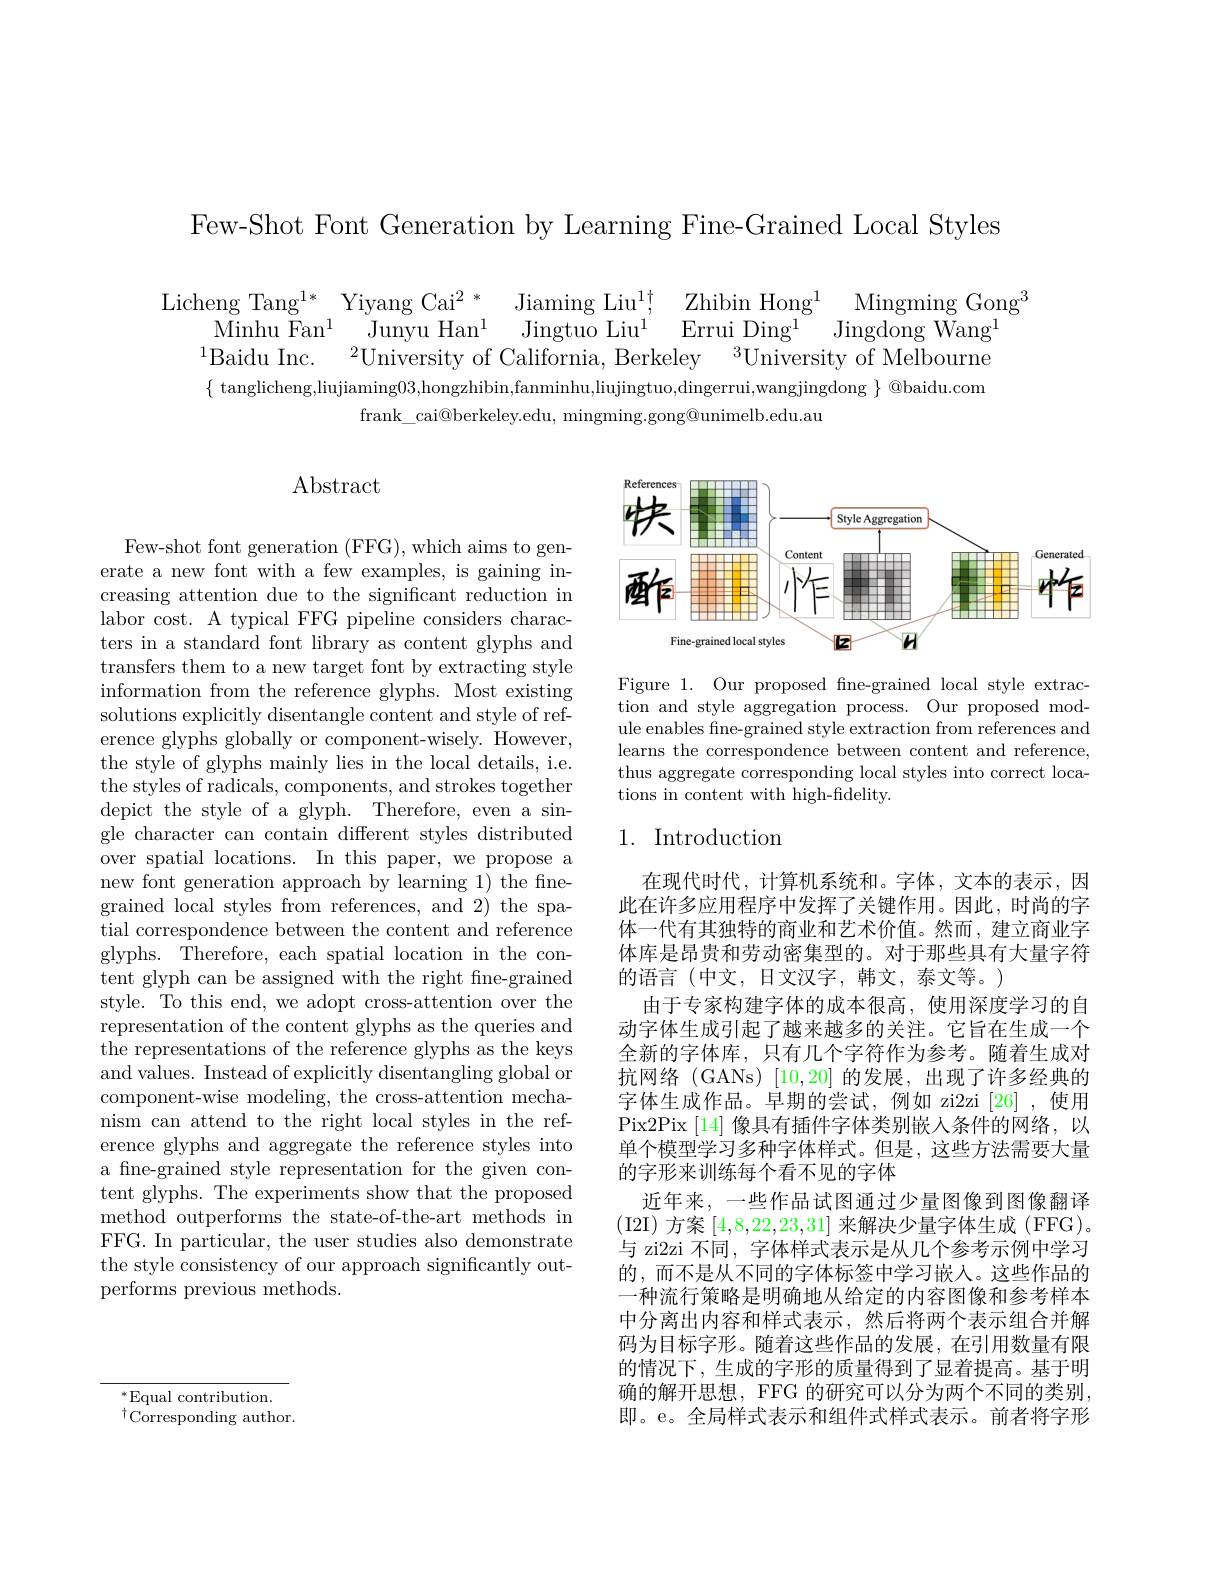
Few-Shot Font Generation by Learning Fine-Grained Local Styles

$\begin{array}{ccc}{\mathrm{Licheng~Tang^{1*}~Yiyang~Cai^{2}~*~Jiaming~Liu^{1\dagger},~Zhibin~Hong^{1}~Mingming~Gong^{3}}}\\{\mathrm{Minhu~Fan^{1}~Junyu~Han^{1}~Jingtuo~Liu^{1}~Errui~Ding^{1}~Jingdong~Wang^{1}}}\\{^{1}\mathrm{Baidu~Inc.~^{2}University~of~California,~Berkeley~^{3}University~of~M}}\end{array}$
$\{$ tanglicheng,liujiaming03,hongzhibin,fanminhu,liujingtuo,dingerrui,wangjingdong $\}$ @baidu.com
frank\_cai@berkeley.edu, mingming.gong@unimelb.edu.au

# $\operatorname{Abstract}$

Few-shot font generation (FFG), which aims to generate a new font with a few examples, is gaining increasing attention due to the significant reduction in labor cost. A typical FFG pipeline considers characters in a standard font library as content glyphs and transfers them to a new target font by extracting style information from the reference glyphs. Most existing solutions explicitly disentangle content and style of reference glyphs globally or component-wisely. However, the style of glyphs mainly lies in the local details, i.e. the styles of radicals, components, and strokes together depict the style of a glyph. Therefore, even a single character can contain different styles distributed over spatial locations. In this paper, we propose a new font generation approach by learning 1) the finegrained local styles from references, and 2) the spatial correspondence between the content and reference glyphs. Therefore, each spatial location in the content glyph can be assigned with the right fine-grained style. To this end, we adopt cross-attention over the representation of the content glyphs as the queries and the representations of the reference glyphs as the keys and values. Instead of explicitly disentangling global or component-wise modeling, the cross-attention mechanism can attend to the right local styles in the reference glyphs and aggregate the reference styles into a fine-grained style representation for the given content glyphs. The experiments show that the proposed method outperforms the state-of-the-art methods in FFG. In particular, the user studies also demonstrate the style consistency of our approach significantly outperforms previous methods.

<FigureHere>

Figure 1. Our proposed fne-grained local style extraction and style aggregation process. Our proposed module enables fine-grained style extraction from references and learns the correspondence between content and reference, thus aggregate corresponding local styles into correct locations in content with high-fidelity.

# 1. Introduction

在现代时代，计算机系统和。字体，文本的表示，因此在许多应用程序中发挥了关键作用。因此，时尚的字体一代有其独特的商业和艺术价值。然而，建立商业字体库是昂贵和劳动密集型的。对于那些具有大量字符的语言(中文，日文汉字，韩文，泰文等。)
由于专家构建字体的成本很高，使用深度学习的自动字体生成引起了越来越多的关注。它旨在生成一个全新的字体库，只有几个字符作为参考。随着生成对抗网络 (GANs) [10,20] 的发展，出现了许多经典的字体生成作品。早期的尝试，例如 zi2zi[26],使用Pix2Pix [14] 像具有插件字体类别嵌人条件的网络，以单个模型学习多种字体样式。但是，这些方法需要大量的字形来训练每个看不见的字体
近年来，一些作品试图通过少量图像到图像翻译(I2I)方案[4,8,22,23,31] 来解决少量字体生成(FFG)。与 zi2zi 不同，字体样式表示是从几个参考示例中学习的，而不是从不同的字体标签中学习嵌人。这些作品的一种流行策略是明确地从给定的内容图像和参考样本中分离出内容和样式表示，然后将两个表示组合并解码为目标字形。随着这些作品的发展，在引用数量有限的情况下，生成的字形的质量得到了显着提高。基于明确的解开思想，FFG 的研究可以分为两个不同的类别即。e。全局样式表示和组件式样式表示。前者将字形

$^*$Equal contribution.
$^{\dagger}$Corresponding author.